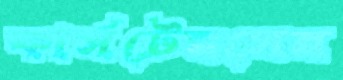
কার্সটেনসেন